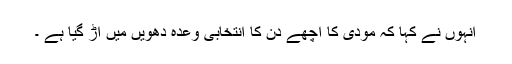
انہوں نے کہا کہ مودی کا اچھے دن کا انتخابی وعدہ دھویں میں اڑ گیا ہے ۔